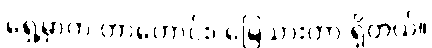
ရှေ့မှာက တာဟောင်း၊ မြေသားတာ ရှိတယ်။